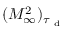
( M _ { \infty } ^ { 2 } ) _ { \tau _ { \mathrm { ~ d ~ } } }